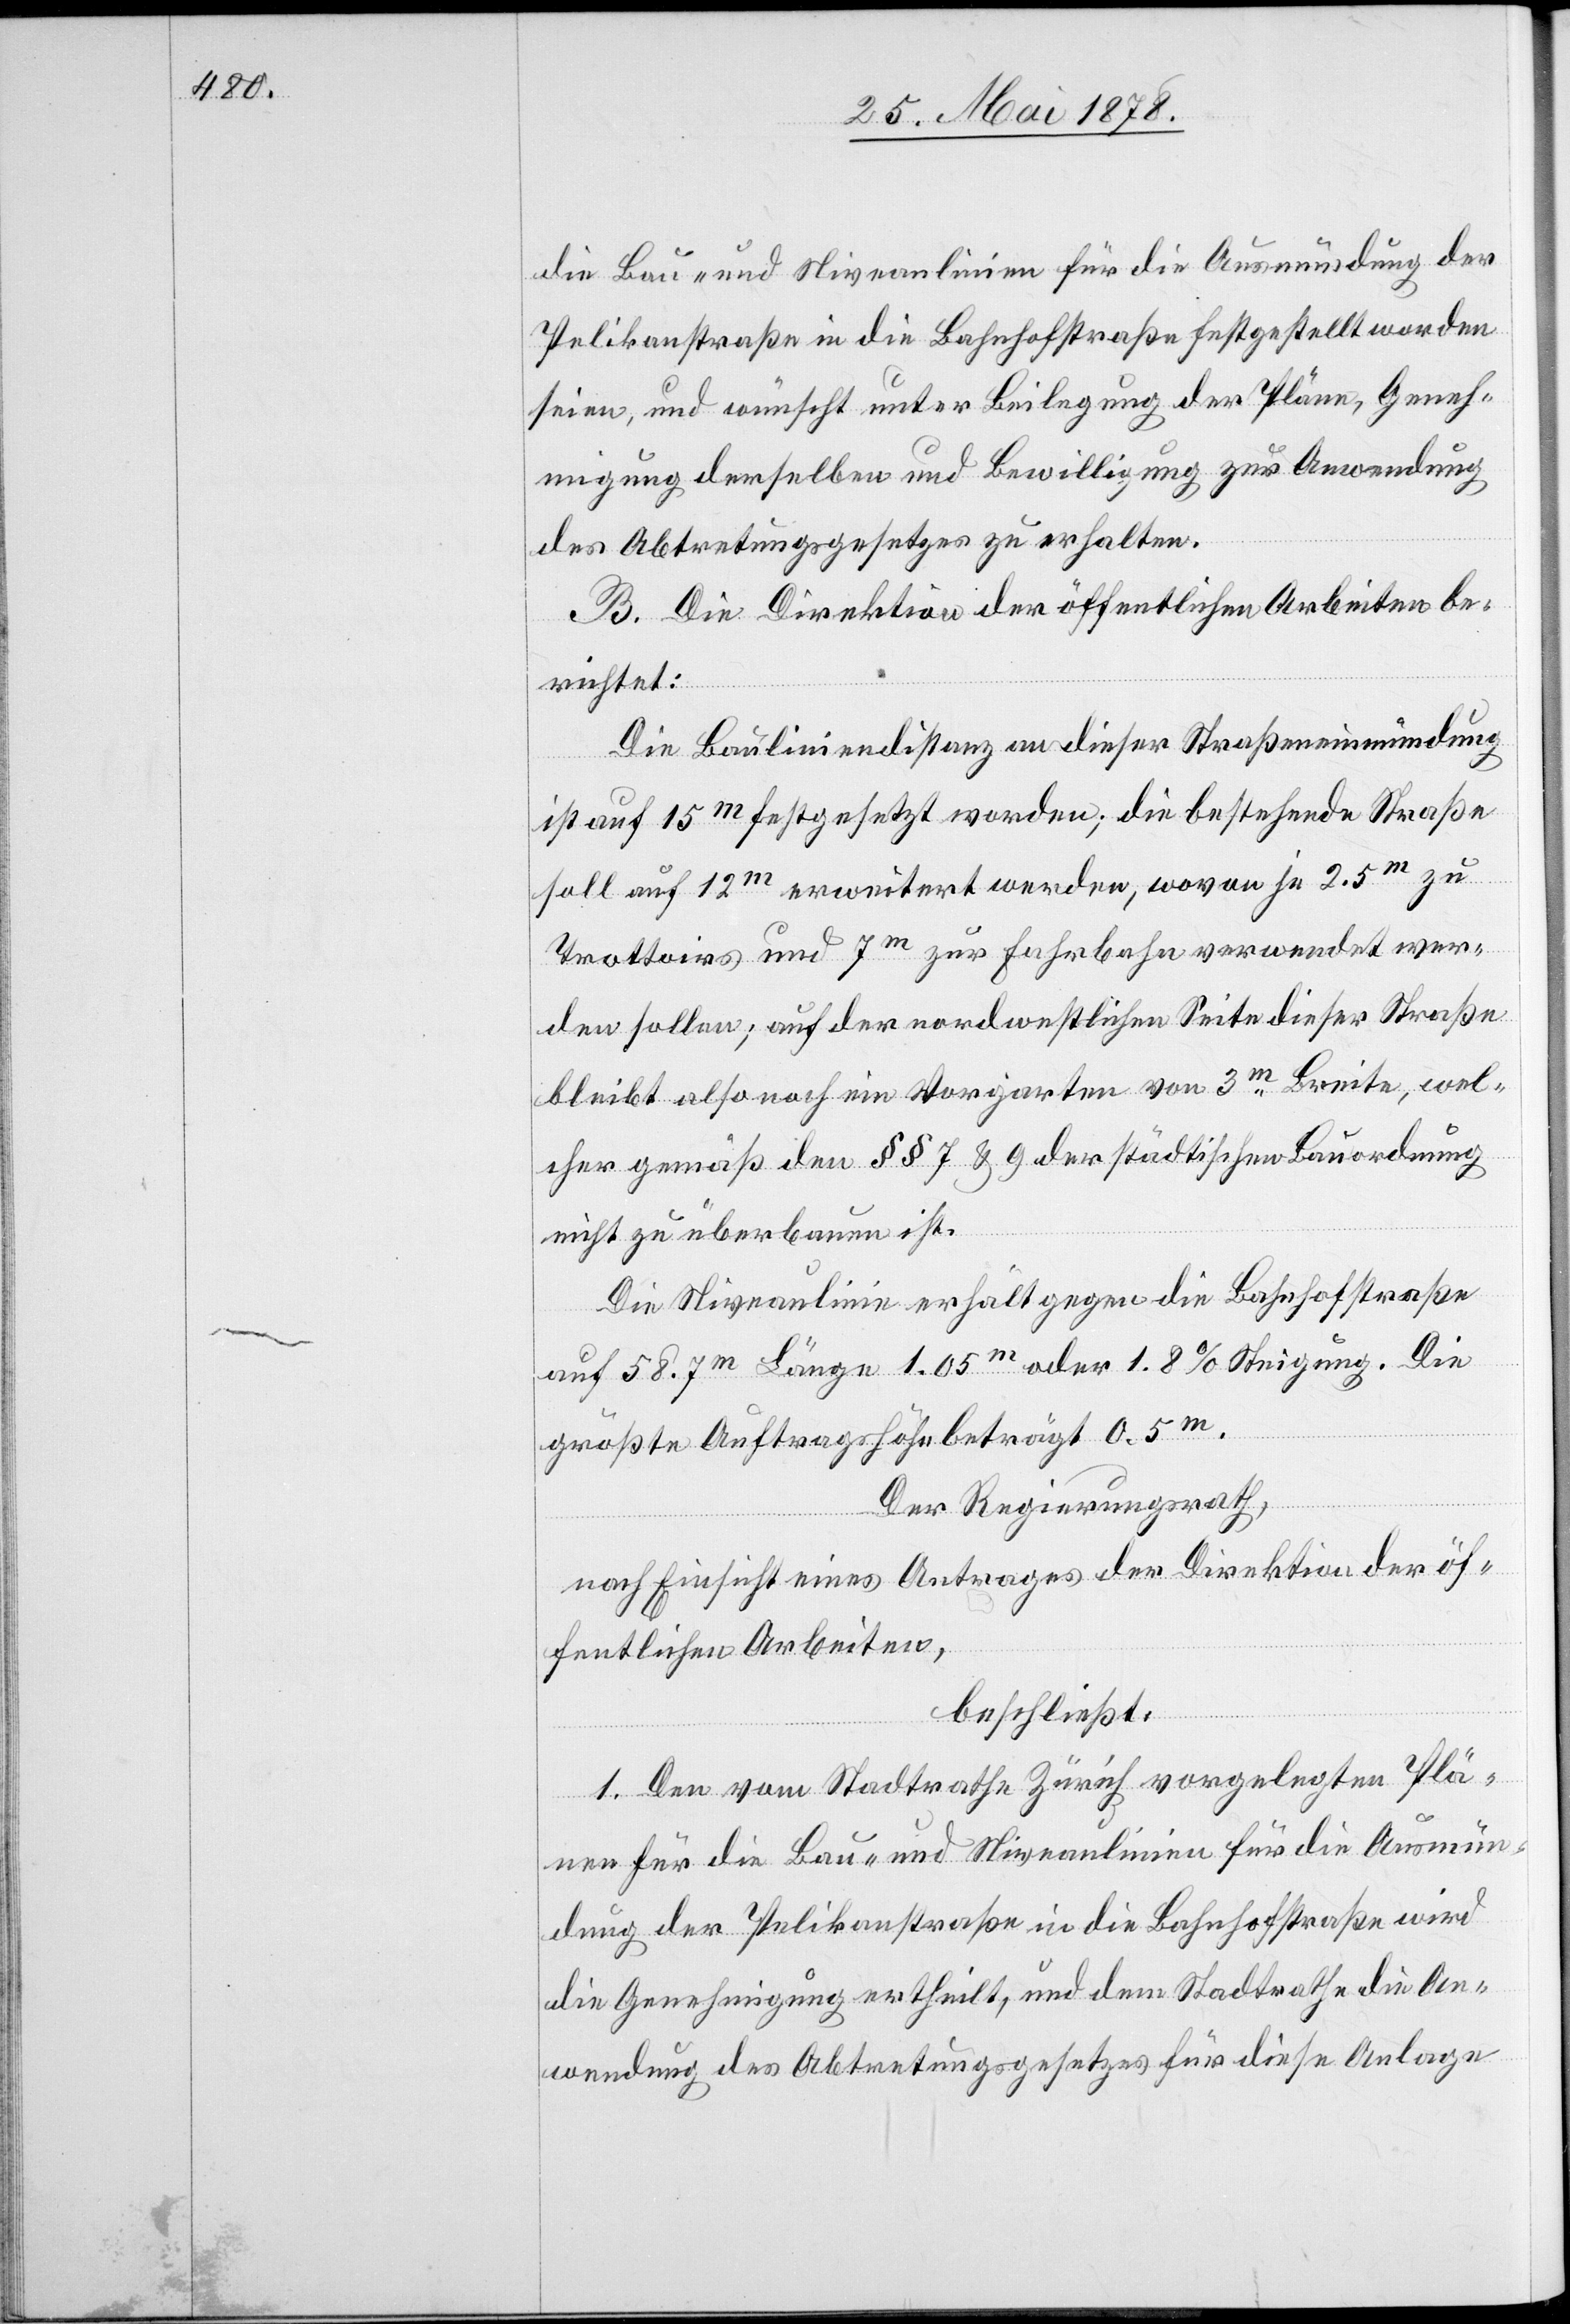
die Bau- und Niveaulinien für die Ausmündung der
Pelikanstraße in die Bahnhofstraße festgestellt worden
seien, und wünscht unter Beilegung der Pläne, Geneh¬
migung derselben und Bewilligung zur Anwendung
des Abtretungsgesetzes zu erhalten.
B. Die Direktion der öffentlichen Arbeiten be¬
richtet:
Die Bauliniendistanz an dieser Straßenmündung
ist auf 15m festgesetzt worden; die bestehende Straße
soll auf 12m erweitert werden, wovon je 2.5m zu
Trottoirs und 7m zur Fahrbahn verwendet wer¬
den sollen; auf der ordentlichen Seite dieser Straße
bleibt also noch ein Vorgarten von 3m Breite, wel¬
cher gemäß den §§ 7 & 9 der städtischen Bauordnung
nicht zu überbauen ist.
Die Niveaulinie erhält gegen die Bahnhofstraße
auf 58.7m Länge 1.05m oder 1.8% Steigung. Die
größte Auftragshöhe beträgt 0.5m.
Der Regierungsrath,
nach Einsicht eines Antrages der Direktion der öf¬
fentlichen Arbeiten,
beschließt:
1. Den vom Stadtrathe Zürich vorgelegten Plä¬
nen für die Bau- und Niveaulinien für die Ausmün¬
dung der Pelikanstraße in die Bahnhofstraße wird
die Genehmigung ertheilt, und dem Stadtrathe die An¬
wendung des Abtretungsgesetzes für diese Anlage